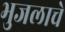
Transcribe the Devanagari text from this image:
भुजलाचे